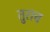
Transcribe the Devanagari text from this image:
तुराच